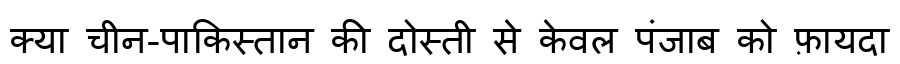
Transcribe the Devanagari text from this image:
क्या चीन-पाकिस्तान की दोस्ती से केवल पंजाब को फ़ायदा